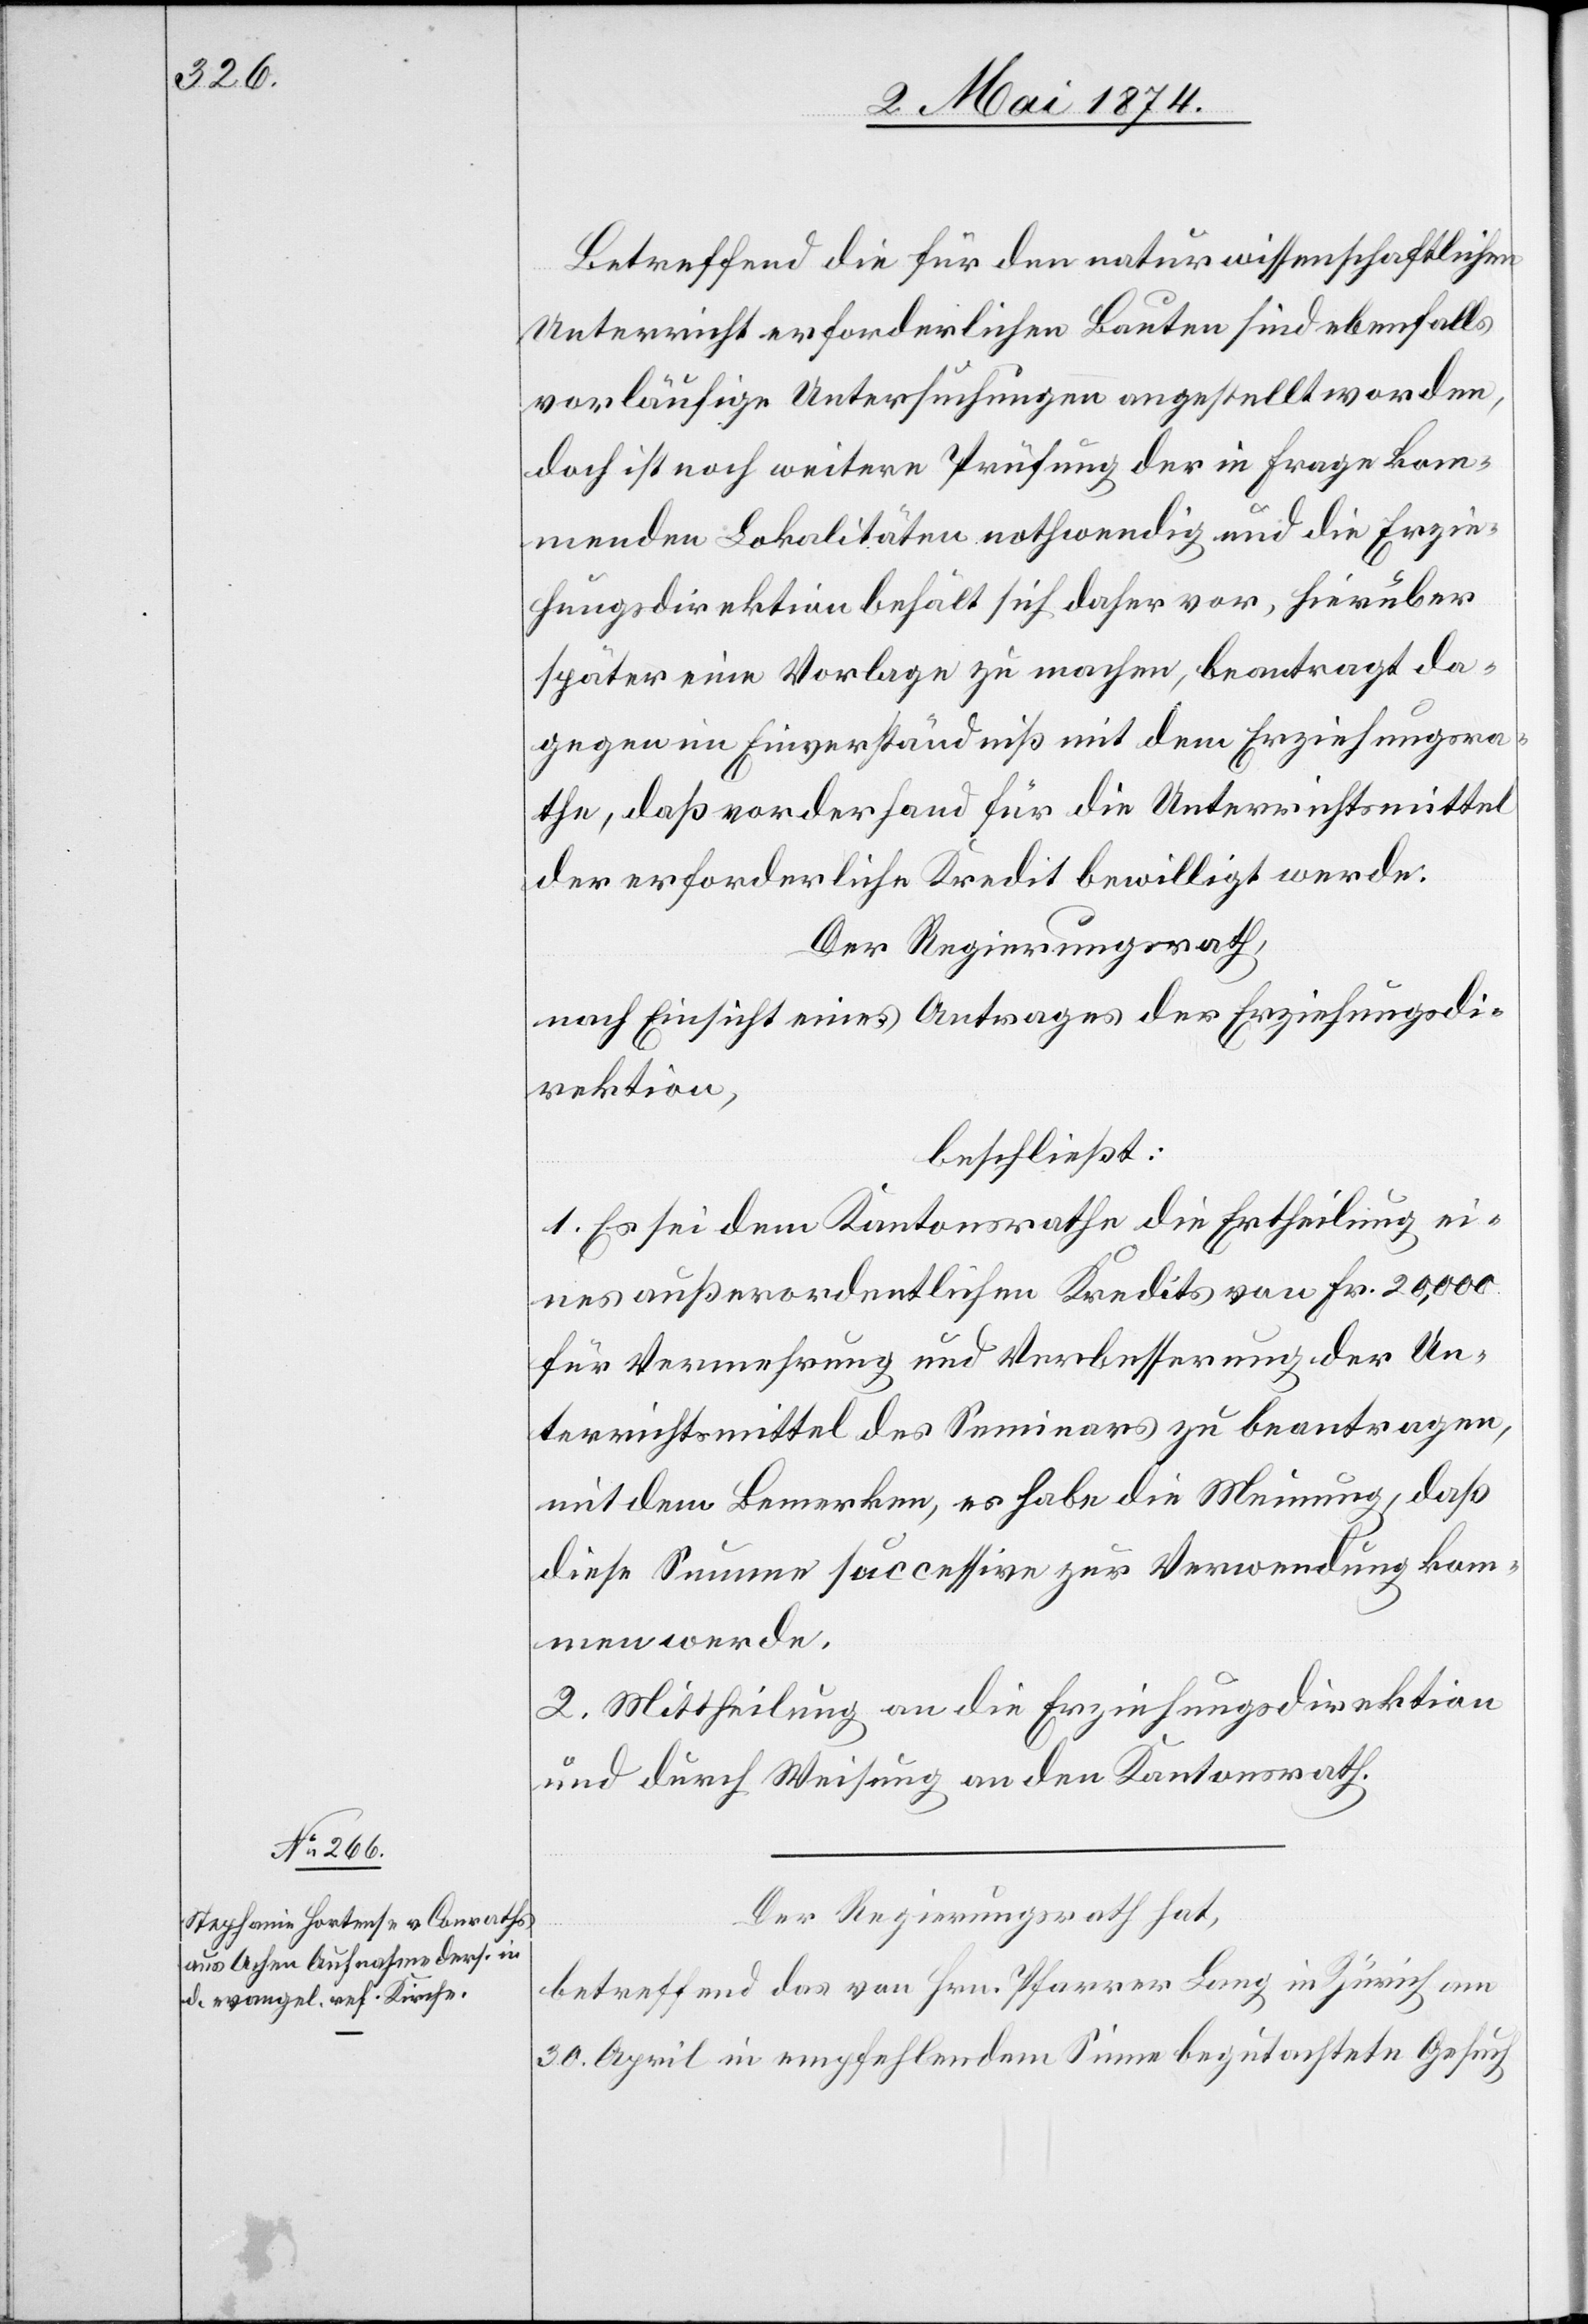
Betreffend die für den naturwissenschaftlichen
Unterricht erforderlichen Bauten sind ebenfalls
vorläufige Untersuchungen angestellt worden,
doch ist noch weitere Prüfung der in Frage kom¬
menden Lokalitäten nothwendig und die Erzie¬
hungsdirektion behält sich daher vor, hierüber
später eine Vorlage zu machen, beantragt da¬
gegen im Einverständniß mit dem Erziehungsra¬
the, daß vorderhand für die Unterrichtsmittel
der erforderliche Kredit bewilligt werde.
Der Regierungsrath,
nach Einsicht eines Antrages der Erziehungsdi¬
rektion,
beschließt:
1. Es sei dem Kantonsrathe die Ertheilung ei¬
nes außerordentlichen Kredits von Fr. 20,000
für Vermehrung und Verbesserung der Un¬
terrichtsmittel des Seminars zu beantragen,
mit dem Bemerken, es habe die Meinung, daß
diese Summe successive zur Verwendung kom¬
men werde.
2. Mittheilung an die Erziehungsdirektion
und durch Weisung an den Kantonsrath.
Der Regierungsrath hat,
betreffend das von Hrn. Pfarrer Lang in Zürich am
30. April in empfehlendem Sinne begutachtete Gesuch